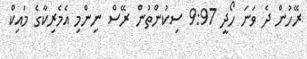
ރޭހުން ދެ ވަނަ ހޯދީ 9:97 ސިކުންތުން ރޭސް ނިންމި އެމެރިކާގެ މައިކް